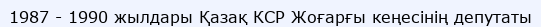
1987 - 1990 жылдары Қазақ КСР Жоғарғы кеңесінің депутаты